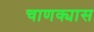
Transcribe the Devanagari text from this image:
चाणक्यास